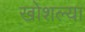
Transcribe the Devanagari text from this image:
खोशल्या